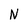
Character: N